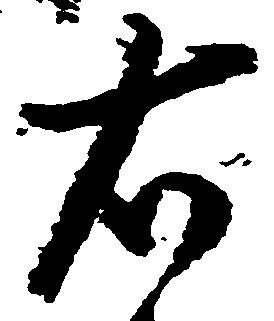
右